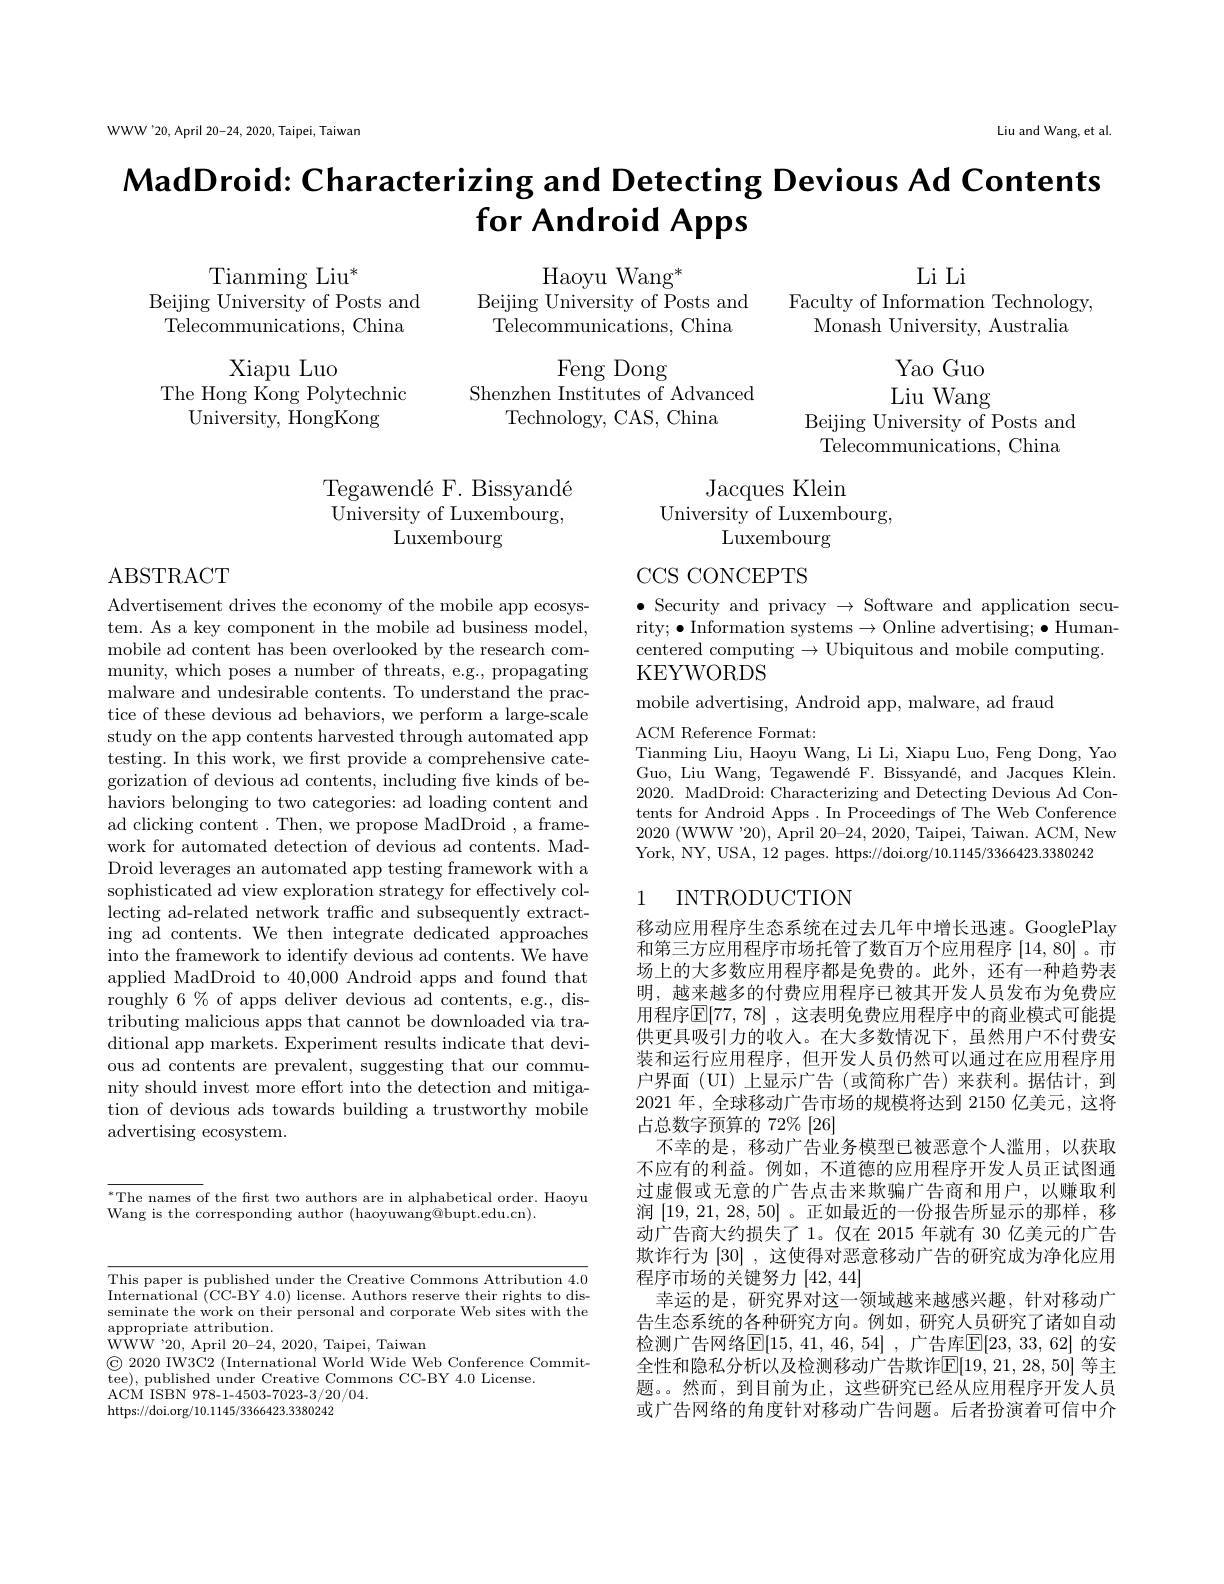
WWW'20, April 20-24, 2020, Taipei, Taiwan

Liu and Wang, et al

# $\textbf{MadDroid: Characterizing and Detecting Devious Ad Contents}$ $\textbf{for Android Apps}$

Li Li
Faculty of Information Technology,

Haoyu Wang$^*$
Beijing University of Posts and Telecommunications, China

$\mathrm{Tianming~Liu}^*$
Beijing University of Posts and Telecommunications, China

Monash University, Australia

Xiapu Luo
The Hong Kong Polytechnic
University, HongKong

Feng Dong
Shenzhen Institutes of Advanced
Technology, CAS, China

Yao Guo Liu Wang
Beijing University of Posts and Telecommunications, China

Tegawendé F. Bissyandé University of Luxembourg,
Luxembourg

Jacques Klein
University of Luxembourg,
Luxembourg

ABSTRACT

CCS CONCEPTS

$\bullet$ Security and privacy $\to$ Software and application security; $\bullet$Information systems$\to$Online advertising;$\bullet$Humancentered computing $\to$Ubiquitous and mobile computing. KEYWORDS

mobile advertising, Android app, malware, ad fraud

ACM Reference Format:
Tianming Liu, Haoyu Wang, Li Li, Xiapu Luo, Feng Dong, Yao Guo, Liu Wang, Tegawendé F. Bissyandé, and Jacques Klein. 2020. MadDroid: Characterizing and Detecting Devious Ad Contents for Android Apps . In Proceedings of The Web Conference 2020 (WWW '20), April 20-24, 2020, Taipei, Taiwan. ACM, New York, NY, USA, 12 pages. https: / / doi. org/ 10. 1145/ 3366423. 3380242

Advertisement drives the economy of the mobile app ecosystem. As a key component in the mobile ad business model, mobile ad content has been overlooked by the research community, which poses a number of threats, e.g., propagating malware and undesirable contents. To understand the practice of these devious ad behaviors, we perform a large-scale study on the app contents harvested through automated app testing. In this work, we frst provide a comprehensive categorization of devious ad contents, including five kinds of behaviors belonging to two categories: ad loading content and ad clicking content . Then, we propose MadDroid , a framework for automated detection of devious ad contents. MadDroid leverages an automated app testing framework with a sophisticated ad view exploration strategy for effectively collecting ad-related network traffc and subsequently extracting ad contents. We then integrate dedicated approaches into the framework to identify devious ad contents. We have applied MadDroid to 40,000 Android apps and found that roughly 6% of apps deliver devious ad contents, e.g., distributing malicious apps that cannot be downloaded via traditional app markets. Experiment results indicate that devious ad contents are prevalent, suggesting that our community should invest more effort into the detection and mitigation of devious ads towards building a trustworthy mobile advertising ecosystem.

## 1 INTRODUCTION

移动应用程序生态系统在过去几年中增长迅速。GooglePlay 和第三方应用程序市场托管了数百万个应用程序[14,80] 。市场上的大多数应用程序都是免费的。此外，还有一种趋势表明，越来越多的付费应用程序已被其开发人员发布为免费应用程序$\mathbb{E}[77,78]$ ,这表明免费应用程序中的商业模式可能提供更具吸引力的收入。在大多数情况下，虽然用户不付费安装和运行应用程序，但开发人员仍然可以通过在应用程序用户界面(UI)上显示广告(或简称广告)来获利。据估计，到2021 年，全球移动广告市场的规模将达到 2150 亿美元，这将占总数字预算的 72% [26]
不幸的是，移动广告业务模型已被恶意个人滥用，以获取不应有的利益。例如，不道德的应用程序开发人员正试图通过虚假或无意的广告点击来欺骗广告商和用户，以赚取利润[19,21,28,50] 。正如最近的一份报告所显示的那样，移动广告商大约损失了 1。仅在 2015 年就有 30 亿美元的广告欺诈行为[30] ,这使得对恶意移动广告的研究成为净化应用程序市场的关键努力$\left[42,44\right]$
幸运的是，研究界对这一领域越来越感兴趣，针对移动广告生态系统的各种研究方向。例如，研究人员研究了诸如自动检测广告网络$\mathbb{E} [ 15$, 41, 46, 54] , 广告库$\mathbb{E} [ 23$, 33, 62] 的安全性和隐私分析以及检测移动广告欺诈$\mathbb{E}[19,21,28,50]$ 等主题。然而，到目前为止，这些研究已经从应用程序开发人员或广告网络的角度针对移动广告问题。后者扮演着可信中介

$^*$The names of the frst two authors are in alphabetical order. Haoyu
Wang is the corresponding author (haoyuwang@bupt.edu.cn).

This paper is published under the Creative Commons Attribution 4.0 International (CC-BY 4.0) license. Authors reserve their rights to disseminate the work on their personal and corporate Web sites with the appropriate attribution.
${\dot{\mathrm{WWW}}}^{\prime}20$, April 20-24,2020, Taipei, Taiwan
$\textcircled {\odot }2020$ IW3C2 ( International World Wide Web
ACM ISBN 978-1-4503-7023-3/20/04.
https://doi.org/10.1145/3366423.3380242